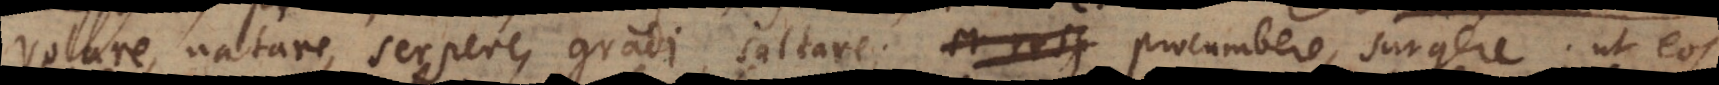
volare, natare, serpere, gradi, saltare; et resp procumbere, surgere; ut